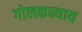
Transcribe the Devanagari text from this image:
गोलकन्याय